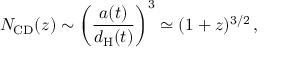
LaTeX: N _ { \mathrm { C D } } ( z ) \sim \left( { \frac { a ( t ) } { d _ { \mathrm { H } } ( t ) } } \right) ^ { 3 } \simeq ( 1 + z ) ^ { 3 / 2 } \, ,